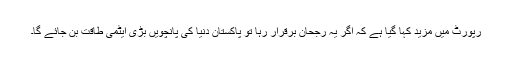
رپورٹ میں مزید کہا گیا ہے کہ اگر یہ رجحان برقرار رہا تو پاکستان دنیا کی پانچویں بڑی ایٹمی طاقت بن جائے گا۔